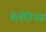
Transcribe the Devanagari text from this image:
वेलेंतिनस